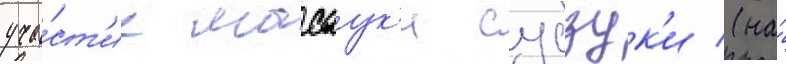
уча́ст'ие масаук'и судзук'и (на́